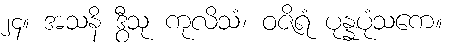
၂၄။ အသနိ ဒွီသု ကုလိသံ၊ ဝဇိရံ ပုန္နပုံသကေ။